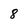
Character: 8